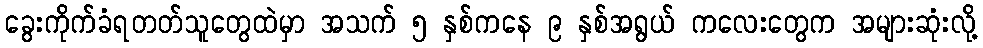
ခွေးကိုက်ခံရတတ်သူတွေထဲမှာ အသက် ၅ နှစ်ကနေ ၉ နှစ်အရွယ် ကလေးတွေက အများဆုံးလို့